Indian journal of veterinary science and animal husbandry - Volume 5,
Year: 1935
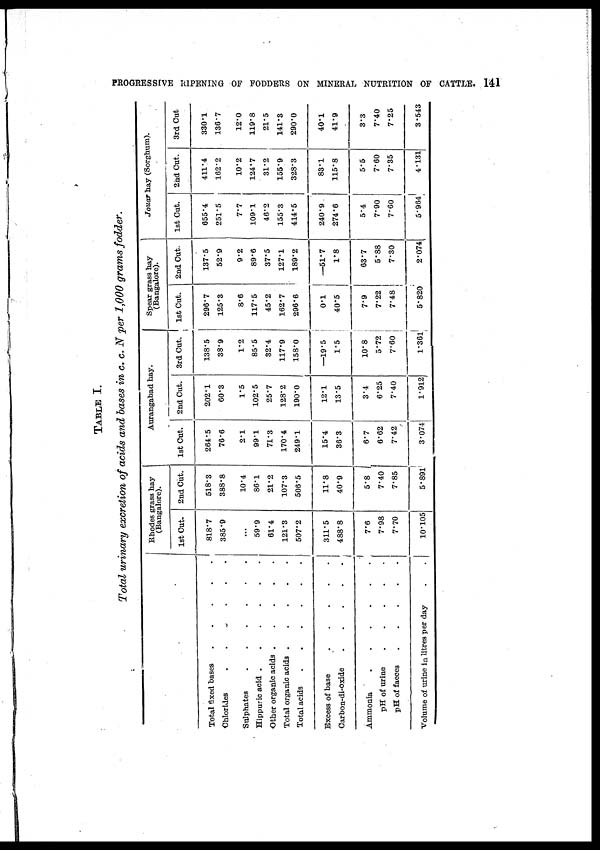
PROGRESSIVE RIPENING OF FODDERS ON MINERAL NUTRITION OF CATTLE. 141
TABLE I.
Total urinary excretion of acids and bases in c. c. N per 1,000 grams fodder.
Total fixed bases
.
.
.
.
.
Chlorides . . . . . .
Sulphates
.
.
.
.
.
.
Hippuric acid
.
.
.
.
.
Other organic acids
.
.
.
.
.
Total organic acids
.
.
.
.
.
Total acids
.
.
.
.
.
.
.
Excess of base
.
.
.
.
.
Carbon-di-oxide . . . . .
Ammonia
.
.
.
.
.
.
pH of urine . . . . .
pH of faeces . . . . .
Volume of urine in litres per day . .
Rhodes grass hay
(Bangalore).
1st Cut.
818.7
385.9
...
59.9
61.4
121.3
507.2
311.5
488.8
7.6
7.98
7.70
10.105
2nd Cut.
518.3
388.8
10.4
86.1
21.2
107.3
506.5
11.8
40.9
5.8
7.40
7.85
5.891
Aurangabad hay.
1st Cut.
264.5
76.6
2.1
99.1
71.3
170.4
249.1
15.4
36.3
6.7
6.62
7.42
3.074
2nd Cut.
202.1
60.3
1.5
102.5
25.7
128.2
190.0
12.1
13.5
3.4
6.25
7.40
1.912
3rd Cut.
138.5
38.9
1.2
85.5
32.4
117.9
158.0
—19.5
1.5
10.8
5.72
7.60
l.36l
Spear grass hay
(Bangalore).
1st Cut.
296.7
125.3
8.6
117.5
45.2
162.7
296.6
0.1
40.5
7.9
7.22
7.48
5.820
2nd Cut.
137.5
52.9
9.2
89.6
37.5
127.1
189.2
—51.7
1.8
63.7
5.88
7.30
2.074
Jouar hay (Sorghum).
1st Cut.
655.4
251.5
7.7
109.1
46.2
155.3
414.5
240.9
274.6
5.4
7.90
7.60
5.964
2nd Cut.
411.4
162.2
10.2
124.7
31.2
155.9
328.3
83.1
115.8
5.5
7.60
7.35
4.131
3rd Cut
330.1
136.7
12.0
119.8
21.5
141.3
290.0
40.1
41.9
3.3
7.40
7.25
3.543